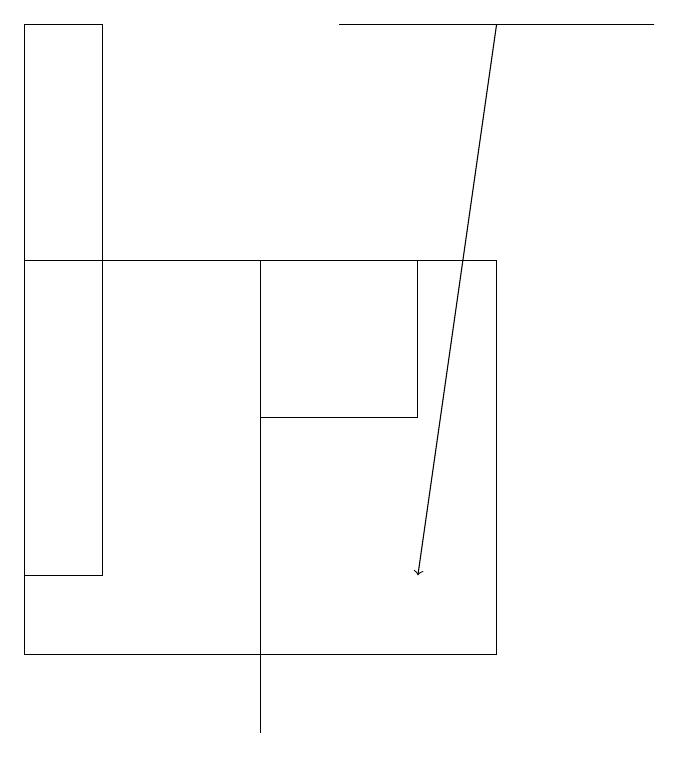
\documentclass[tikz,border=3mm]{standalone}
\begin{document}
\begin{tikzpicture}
\draw (0,19) rectangle (1,12);
\draw (8,19) rectangle (4,19);
\draw (3,15) rectangle (3,10);
\draw[->] (6,19) -- (5,12);
\draw (5,14) rectangle (3,16);
\draw (0,11) rectangle (6,16);
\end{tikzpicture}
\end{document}